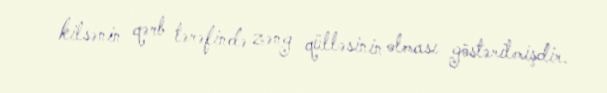
kilsənin qərb tərəfində zəng qülləsinin olması göstərilmişdir.